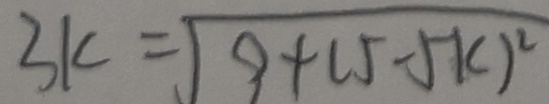
3 k = \sqrt { 9 + ( 5 - 5 k ) ^ { 2 } }